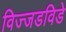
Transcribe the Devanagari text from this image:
विज्जडविडे